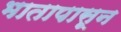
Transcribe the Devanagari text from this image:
भातापासून